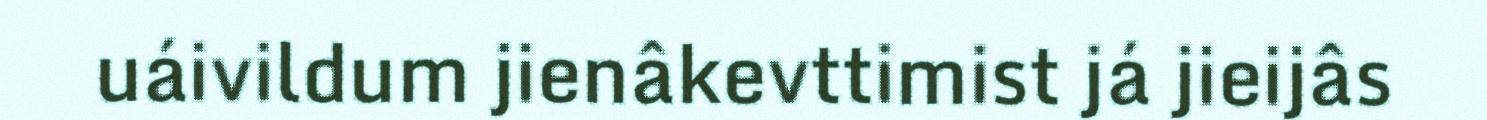
uáivildum jienâkevttimist já jieijâs